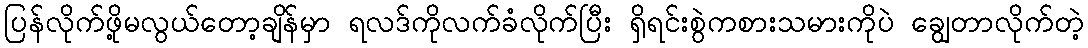
ပြန်လိုက်ဖို့မလွယ်တော့ချိန်မှာ ရလဒ်ကိုလက်ခံလိုက်ပြီး ရှိရင်းစွဲကစားသမားကိုပဲ ချွေတာလိုက်တဲ့